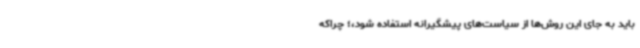
باید به‌ جای این روش‌ها از سیاست‌های پیشگیرانه استفاده شود،؛ چراکه